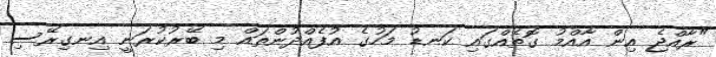
"ރާއްޖެ އިން އާއްމު ގޮތެއްގައި ކަނޑު މަހުގެ އުފެއްދުންތައް މި ބޭރުކުރަނީ އިނގިރޭސި